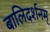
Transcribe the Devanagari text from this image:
बालिदर्शनम्